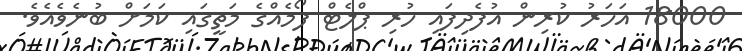
18000 އަހަރު ކުރިން އުފެދިފައި ހުރި ޕްލެޓް ފޯމެއްގެ މަތީގައި ކަމަށް ބުނެވެއެވެ.